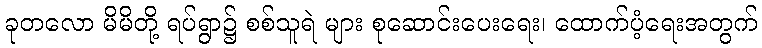
ခုတလော မိမိတို့ ရပ်ရွာ၌ စစ်သူရဲ များ စုဆောင်းပေးရေး၊ ထောက်ပံ့ရေးအတွက်